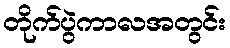
တိုက်ပွဲကာလအတွင်း